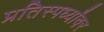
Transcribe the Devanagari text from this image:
प्रतिस्पर्ध्यांवर